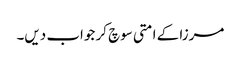
مرزا کے امتی سوچ کر جواب دیں۔